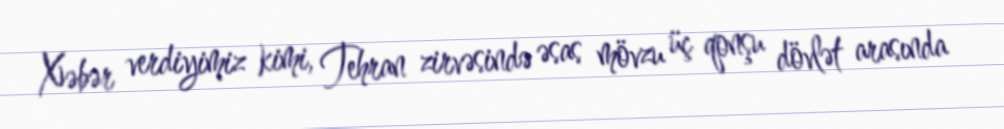
Xəbər verdiyimiz kimi, Tehran zirvəsində əsas mövzu üç qonşu dövlət arasında